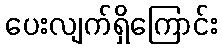
ပေးလျက်ရှိကြောင်း